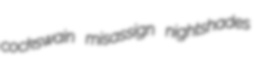
cockswain misassign nightshades